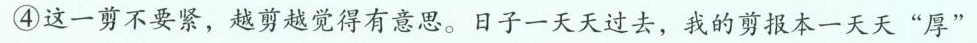
④这一剪不要紧，越剪越觉得有意思。日子一天天过去，我的剪报本一天天”厚”